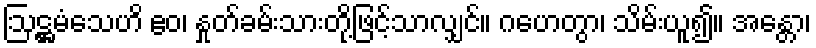
ဩဋ္ဌမံသေဟိ ဧဝ၊ နှုတ်ခမ်းသားတို့ဖြင့်သာလျှင်။ ဂဟေတွာ၊ သိမ်းယူ၍။ အန္တော၊